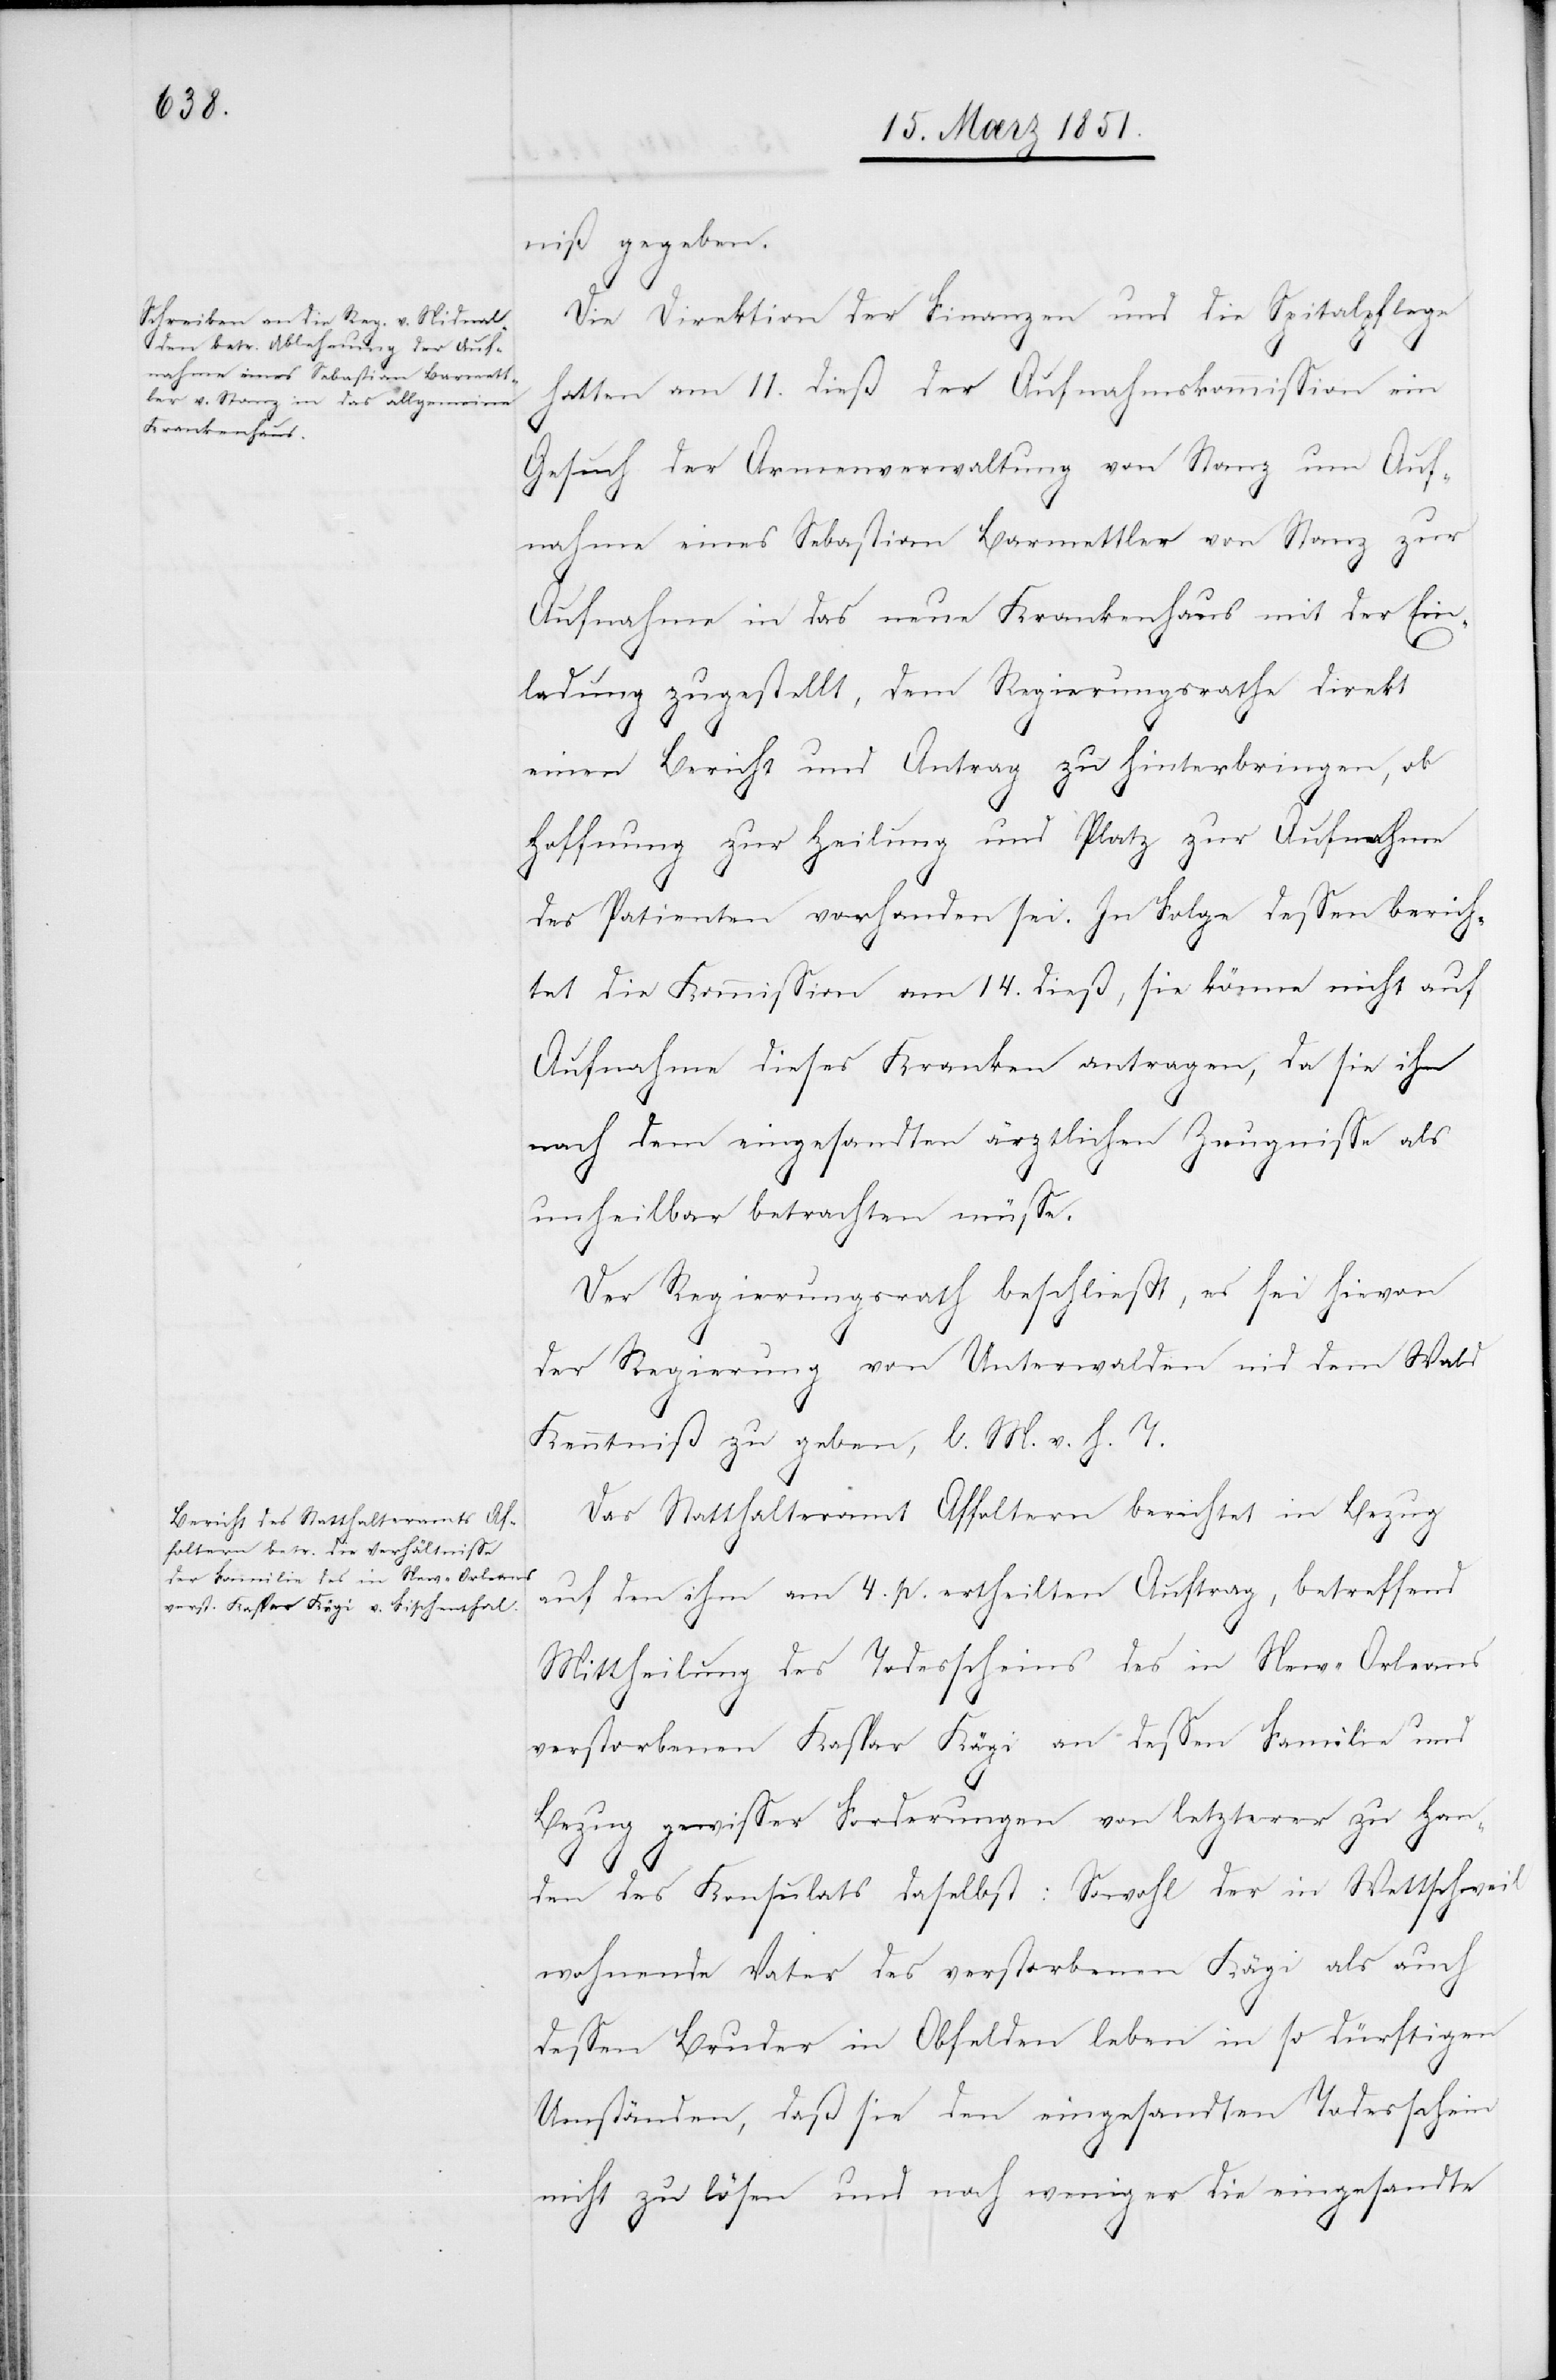
niß gegeben.
Die Direktion der Finanzen und die Spitalpflege
hatten am 11. dieß der Aufnahmskommission ein
Gesuch der Armenverwaltung von Stanz um Auf¬
nahme eines Sebastian Barmettler von Stanz zur
Aufnahme in das neue Krankenhaus mit der Ein¬
ladung zugestellt, dem Regierungsrathe direkt
einen Bericht und Antrag zu hinterbringen, ob
Hoffnung zur Heilung und Platz zur Aufnahme
des Patienten vorhanden sei. In Folge dessen berich¬
tet die Kommission am 14. dieß, sie könne nicht auf
Aufnahme dieses Kranken antragen, da sie ihn
nach dem eingesandten ärztlichen Zeugnisse als
unheilbar betrachten müsse.
Der Regierungsrath beschließt, es sei hievon
der Regierung von Unterwalden nid dem Wal¬
d
Kenntniß zu geben, l. M. v. h. T.
Das Statthalteramt Affoltern berichtet in Bezug
auf den ihm am 4. p. ertheilten Auftrag, betreffend
Mittheilung des Todesscheins des in New-Orleans
verstorbenen Kaspar Kägi an dessen Familie und
Bezug gewisser Forderungen von letzterer zu Han¬
den des Konsulats daselbst: Sowohl der in Wettschweil
wohnende Vater des verstorbenen Kägi als auch
dessen Bruder in Obfelden leben in so dürftigen
Umständen, daß sie den eingesandten Todesschein
nicht zu lösen und noch weniger die eingesandte